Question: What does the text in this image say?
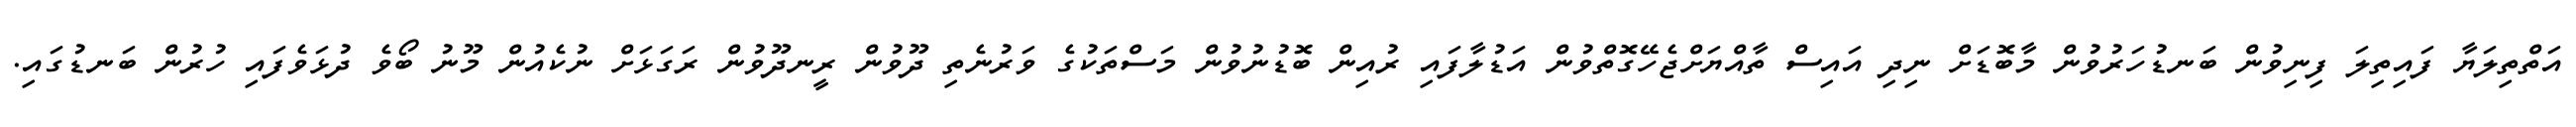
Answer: އަތްތިލަޔާ ފައިތިލަ ފިނިވުން ބަނޑުހަރުވުން މާބޮޑަށް ނިދި އައިސް ތާއްޔަށްޖެހޭގޮތްވުން އަޑުލާފައި ރުއިން ބޮޑުނުވުން މަސްތަކުގެ ވަރުނެތި ދޫވުން ރީނދޫވުން ރަގަޅަށް ނުކެއުން މޫނު ބޯވެ ދުޅަވެފައި ހުރުން ބަނޑުގައި.